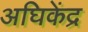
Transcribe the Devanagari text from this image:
अघिकेंद्र